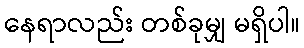
နေရာလည်း တစ်ခုမျှ မရှိပါ။